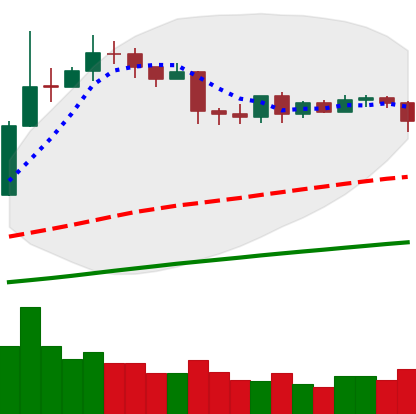
Ticker: LTC-USD
Chart end date: 2019-04-21
Forward return: -5.452%
Label: down_5_7